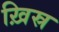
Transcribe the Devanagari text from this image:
ख़िस्र